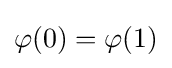
\varphi (0)=\varphi (1)